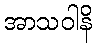
အာသဝါနိ